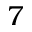
7